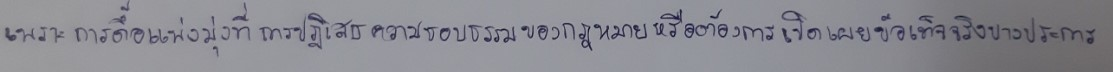
เพราะการดื้อแพ่งมุ่งที่การปฏิเสธความชอบธรรมของกฎหมายหรือต้องการเปิดเผยข้อเท็จจริงบางประการ